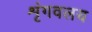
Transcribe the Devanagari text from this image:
शृंगवलय